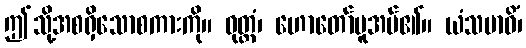
ဤသို့အစရှိသောစကားကို။ ဝုတ္တံ၊ ဟောတော်မူအပ်၏။ ယံသမာဓိံ၊